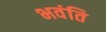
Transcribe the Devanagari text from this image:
भवंति